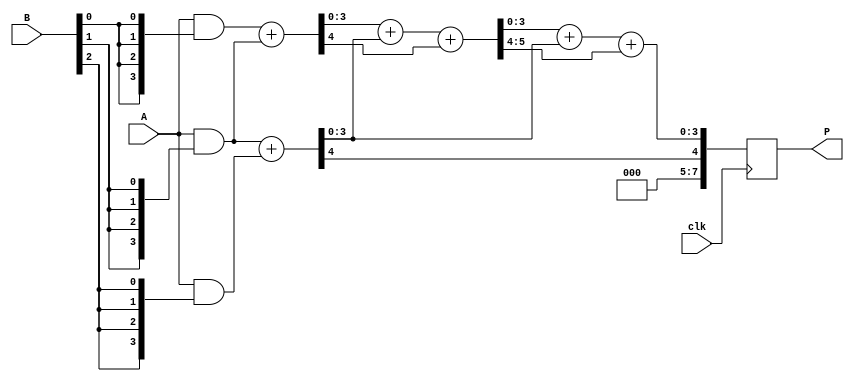
module WallaceTreeMultiplier #(parameter N = 4)(
    input [N-1:0] A,
    input [N-1:0] B,
    input clk,
    output reg [2*N-1:0] P
);
    // Intermediate signals for partial products
    wire [N-1:0] pp[N-1:0];

    // Generate partial products
    genvar i;
    generate
        for (i = 0; i < N; i = i + 1) begin : partial_products
            assign pp[i] = A & {N{B[i]}};
        end
    endgenerate

    // Wallace tree reduction (simplified)
    reg [N-1:0] sum_stage1 [0:N-2];  // Stage 1 sums
    reg [N-1:0] carry_stage1 [0:N-2]; // Stage 1 carries
    reg [N-1:0] sum_stage2 [0:N-3];  // Stage 2 sums
    reg [N-1:0] carry_stage2 [0:N-3]; // Stage 2 carries
    reg [N-1:0] final_sum;
    reg [N-1:0] final_carry;

    // Stage 1 (Half Adders and Full Adders)
    integer j;
    always @(posedge clk) begin
        // Initialize stage 1 with the partial products
        for (j = 0; j < N-1; j = j + 1) begin
            if (j < N-2) begin
                // Half Adder
                {carry_stage1[j], sum_stage1[j]} = pp[j] + pp[j+1];
            end
            else begin
                sum_stage1[j] = pp[j];
                carry_stage1[j] = 0; // No carry for the last element
            end
        end
        
        // Stage 2 (reduce to final two numbers)
        for (j = 0; j < N-2; j = j + 1) begin
            if (j < N-3) begin
                {carry_stage2[j], sum_stage2[j]} = sum_stage1[j] + sum_stage1[j+1] + carry_stage1[j];
            end
            else begin
                sum_stage2[j] = sum_stage1[j];
                carry_stage2[j] = carry_stage1[j]; // No carry produced
            end
        end

        // Final summation
        final_sum = sum_stage2[0] + sum_stage2[1] + carry_stage2[0];
        final_carry = carry_stage2[1];

        // Final output assignment
        P <= {final_carry, final_sum};
    end
endmodule